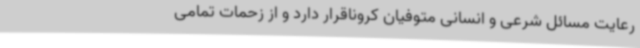
رعایت مسائل شرعی و انسانی متوفیان کروناقرار دارد و از زحمات تمامی